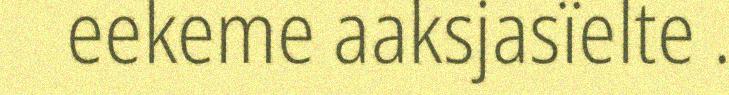
eekeme aaksjasïelte .